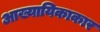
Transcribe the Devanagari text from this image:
आख्यायिकाकार